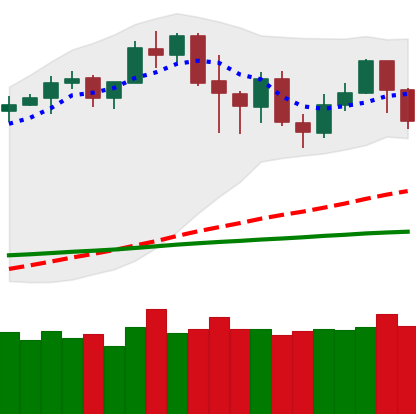
Ticker: LTC-USD
Chart end date: 2020-02-25
Forward return: -18.578%
Label: down_7plus